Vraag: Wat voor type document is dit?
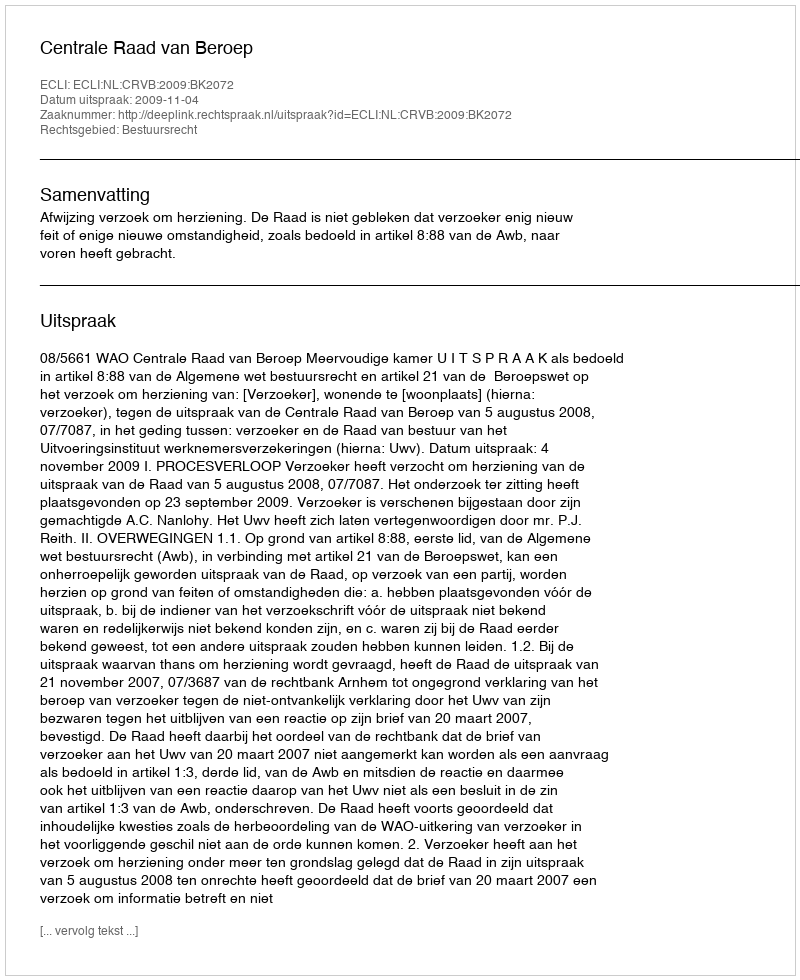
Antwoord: Uitspraak